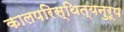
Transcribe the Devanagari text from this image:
कालपरिस्थित्यनुरूप